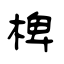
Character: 椑